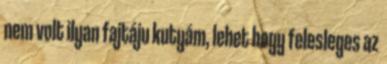
nem volt ilyan fajtáju kutyám, lehet hogy felesleges az